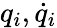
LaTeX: q_{i},\dot{q}_{i}